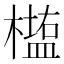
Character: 𰘵